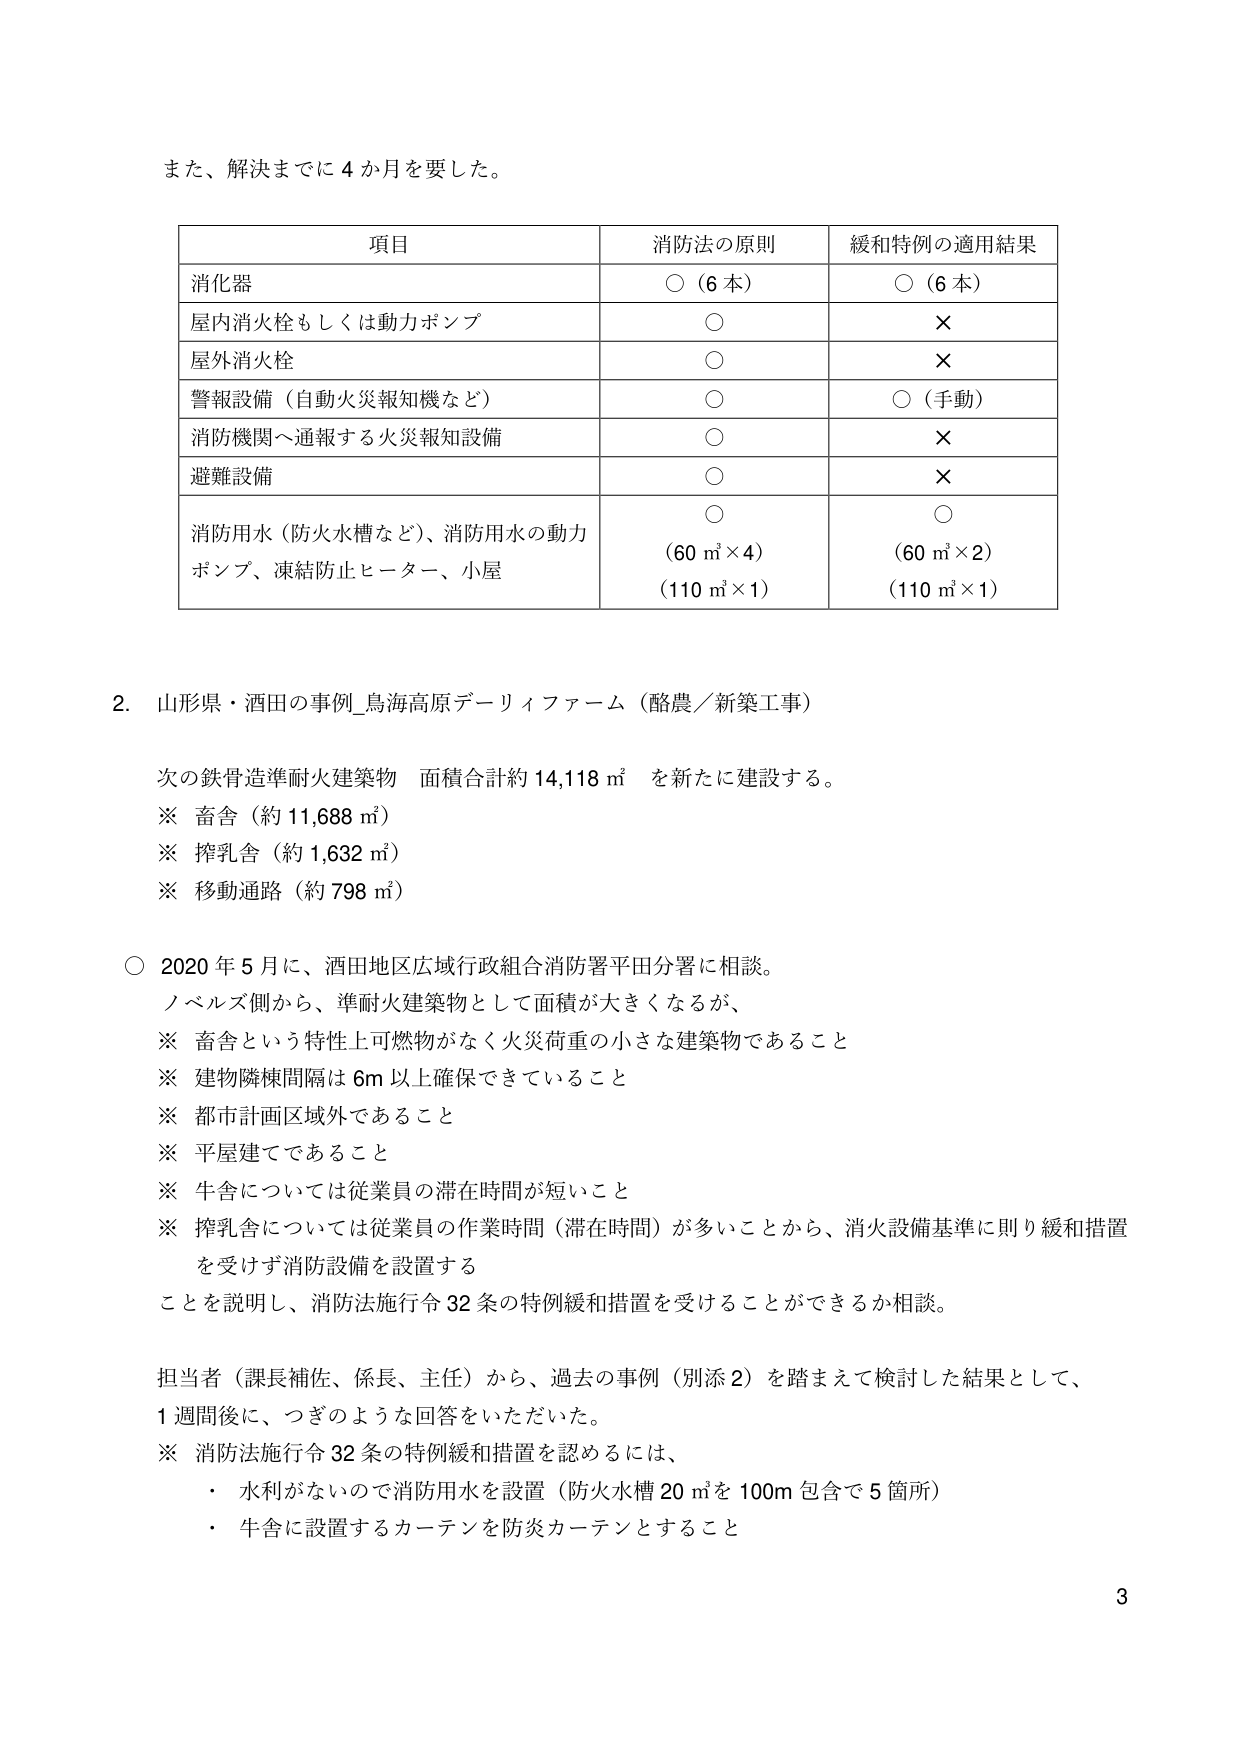
また、解決までに４か月を要した。

項目 消防法の原則 緩和特例の適用結果
消化器 ○（６本） ○（６本）
屋内消火栓もしくは動力ポンプ ○ ×
屋外消火栓 ○ ×
警報設備（自動火災報知機など） ○ ○（手動）
消防機関へ通報する火災報知設備 ○ ×
避難設備 ○ ×
消防用水（防火水槽など）、消防用水の動力ポンプ、凍結防止ヒーター、小屋 ○ （60㎥×4） （110㎥×1） ○ （60㎥×2） （110㎥×1）

2. 山形県・酒田の事例_鳥海高原デーリィファーム（酪農／新築工事）

次の鉄骨造準耐火建築物 面積合計約14,118㎡ を新たに建設する。
※ 畜舎（約11,688㎡）
※ 搾乳舎（約1,632㎡）
※ 移動通路（約798㎡）

○ 2020年5月に、酒田地区広域行政組合消防署平田分署に相談。
ノベルズ側から、準耐火建築物として面積が大きくなるが、
※ 畜舎という特性上可燃物がなく火災荷重の小さな建築物であること
※ 建物隣接間隔は6m以上確保できていること
※ 都市計画区域外であること
※ 平屋建てであること
※ 牛舎については従業員の滞在時間が短いこと
※ 搾乳舎については従業員の作業時間（滞在時間）が多いことから、消火設備基準に則り緩和措置を受けず消防設備を設置する
ことを説明し、消防法施行令32条の特例緩和措置を受けることができるか相談。

担当者（課長補佐、係長、主任）から、過去の事例（別添2）を踏まえて検討した結果として、
1週間後に、つぎのような回答をいただいた。
※ 消防法施行令32条の特例緩和措置を認めるには、
・ 水利がないので消防用水を設置（防火水槽20㎥を100m包含で5箇所）
・ 牛舎に設置するカーテンを防炎カーテンとすること

3